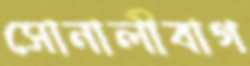
সোনালীবাগ